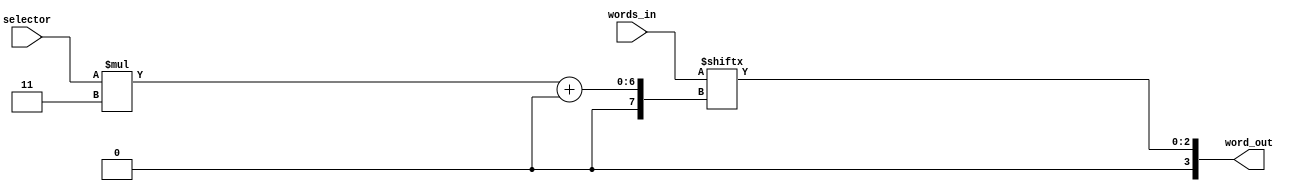

//# A Reliable and Generic Binary Multiplexer (Behavioural Implementation)

// But first, some background on the problems with multiplexers...

//## Simulation and Synthesis Mismatch

// A pitfall in the Verilog language is the treatment of unknown X values in
// `if` statements, and it can cause a mismatch between the simulated and the
// synthesized behaviours. I have observed this exact mismatch in the field.
// This problem carries over into the design of multiplexers in general.
// Here's a contrived example, where we select one of two possibilities:

//     reg                         selector;
//     reg     [WORD_WIDTH-1:0]    option_A;
//     reg     [WORD_WIDTH-1:0]    option_B;
//     reg     [WORD_WIDTH-1:0]    result;
//     
//     always @(*) begin
//         if (selector == 1'b0) begin
//             result = option_A;
//         end
//         else begin
//             result = option_B;
//         end
//     end

// The problem here happens if `selector` is X or Z-valued. In real hardware,
// we would expect an X or Z `selector` to cause `result` to obtain an
// X value, *but the `if` statement treats X as false, and so falls through to
// the `else` case*. The simulation returns `option_B` while the synthesis
// returns `X`. This difference can also confuse verification efforts, because
// it can show a failure in simulation where there isn't one.

// Instead of `if` statements, we can use the ternary `?:` operator, which
// behaves as expected. Except in cases where both `option_A/option_B`
// evaluate to 1 or 0, an X or Z-valued `selector` will return an X value:

//     always @(*) begin
//         result = (selector == 1'b0) ? option_A : option_B;
//     end

//## Inflexible Implementations

// However, [the ternary operator gets impractical for more that two
// options](./verilog.html#ternary), and the `case` statement gets tedious and
// error-prone as the number of cases increases. And both are too rigid,
// requiring changes to the multiplexer implementation should the number of
// inputs change.

//## A Generic Solution

// Instead of implementing multiple multiplexers of specific sizes, we can
// replace them all with a single multiplexer module, implemented using
// a vector part select, which simulates and synthesizes correctly, and
// accepts a parameterized number of inputs.  In the following code, we can
// think of `selector` as "addressing" one of the `words_in` options.

// Rather than change the number of input ports at each design change, pass
// a concatenation of words to `words_in` with the zeroth element on the
// right. The `selector` then selects one of the input words. If the
// `selector` value is greater than the number of input words, the output is
// unknown (depends on synthesized logic). If the `selector` is X or Z, the
// output is X or Z.

// This multiplexer can also cleanly express little bits of arbitrary logic:
// set the inputs to the possible output values (constant or otherwise) of
// your function, and let the `selector` input get decoded to one of those
// values.

`default_nettype none

module mux_bin_bhl
#(
    parameter       WORD_WIDTH          = 3,
    parameter       ADDR_WIDTH          = 3,
    parameter       INPUT_COUNT         = 9,

    // Do not set at instantiation
    parameter   TOTAL_WIDTH = WORD_WIDTH * INPUT_COUNT
)
(
    input   wire    [ADDR_WIDTH:0]    selector,
    input   wire    [TOTAL_WIDTH:0]   words_in,
    output  reg     [WORD_WIDTH:0]    word_out
);

    initial begin
        word_out = {WORD_WIDTH{1'b0}};
    end

    always @(*) begin
        word_out = words_in[(selector * WORD_WIDTH) +: WORD_WIDTH];
    end
    
    // ==  ==  ==  ==  ==  ==  ==  ==  ==  ==  ==  ==  ==  ==  ==  ==  ==  ==  ==  ==  ==  ==  ==  ==  ==  ==  ==  ==  ==  ==  ==  ==  ==  ==  ==  ==  = 
    // Simulation Only Waveform Dump (.vcd export)
    // ==  ==  ==  ==  ==  ==  ==  ==  ==  ==  ==  ==  ==  ==  ==  ==  ==  ==  ==  ==  ==  ==  ==  ==  ==  ==  ==  ==  ==  ==  ==  ==  ==  ==  ==  ==  = 
    `ifdef COCOTB_SIM
    `ifndef SCANNED
    `define SCANNED
    initial begin
        $dumpfile ("wave.vcd");
        $dumpvars (0, mux_bin_bhl);
        #1;
    end
    `endif
    `endif

endmodule

//## Portability

// There's one problem here: if your HDL of choice does not have an analog of
// Verilog's vector part select, this design can't be translated. Thus, there
// exists [another, more structural implementation, which can be ported to
// other HDLs](./Multiplexer_Binary_Structural.html), and also expands the output
// function beyond the implicit Boolean OR found here.